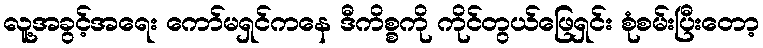
လူ့အခွင့်အရေး ကော်မရှင်ကနေ ဒီကိစ္စကို ကိုင်တွယ်ဖြေရှင်း စုံစမ်းပြီးတော့